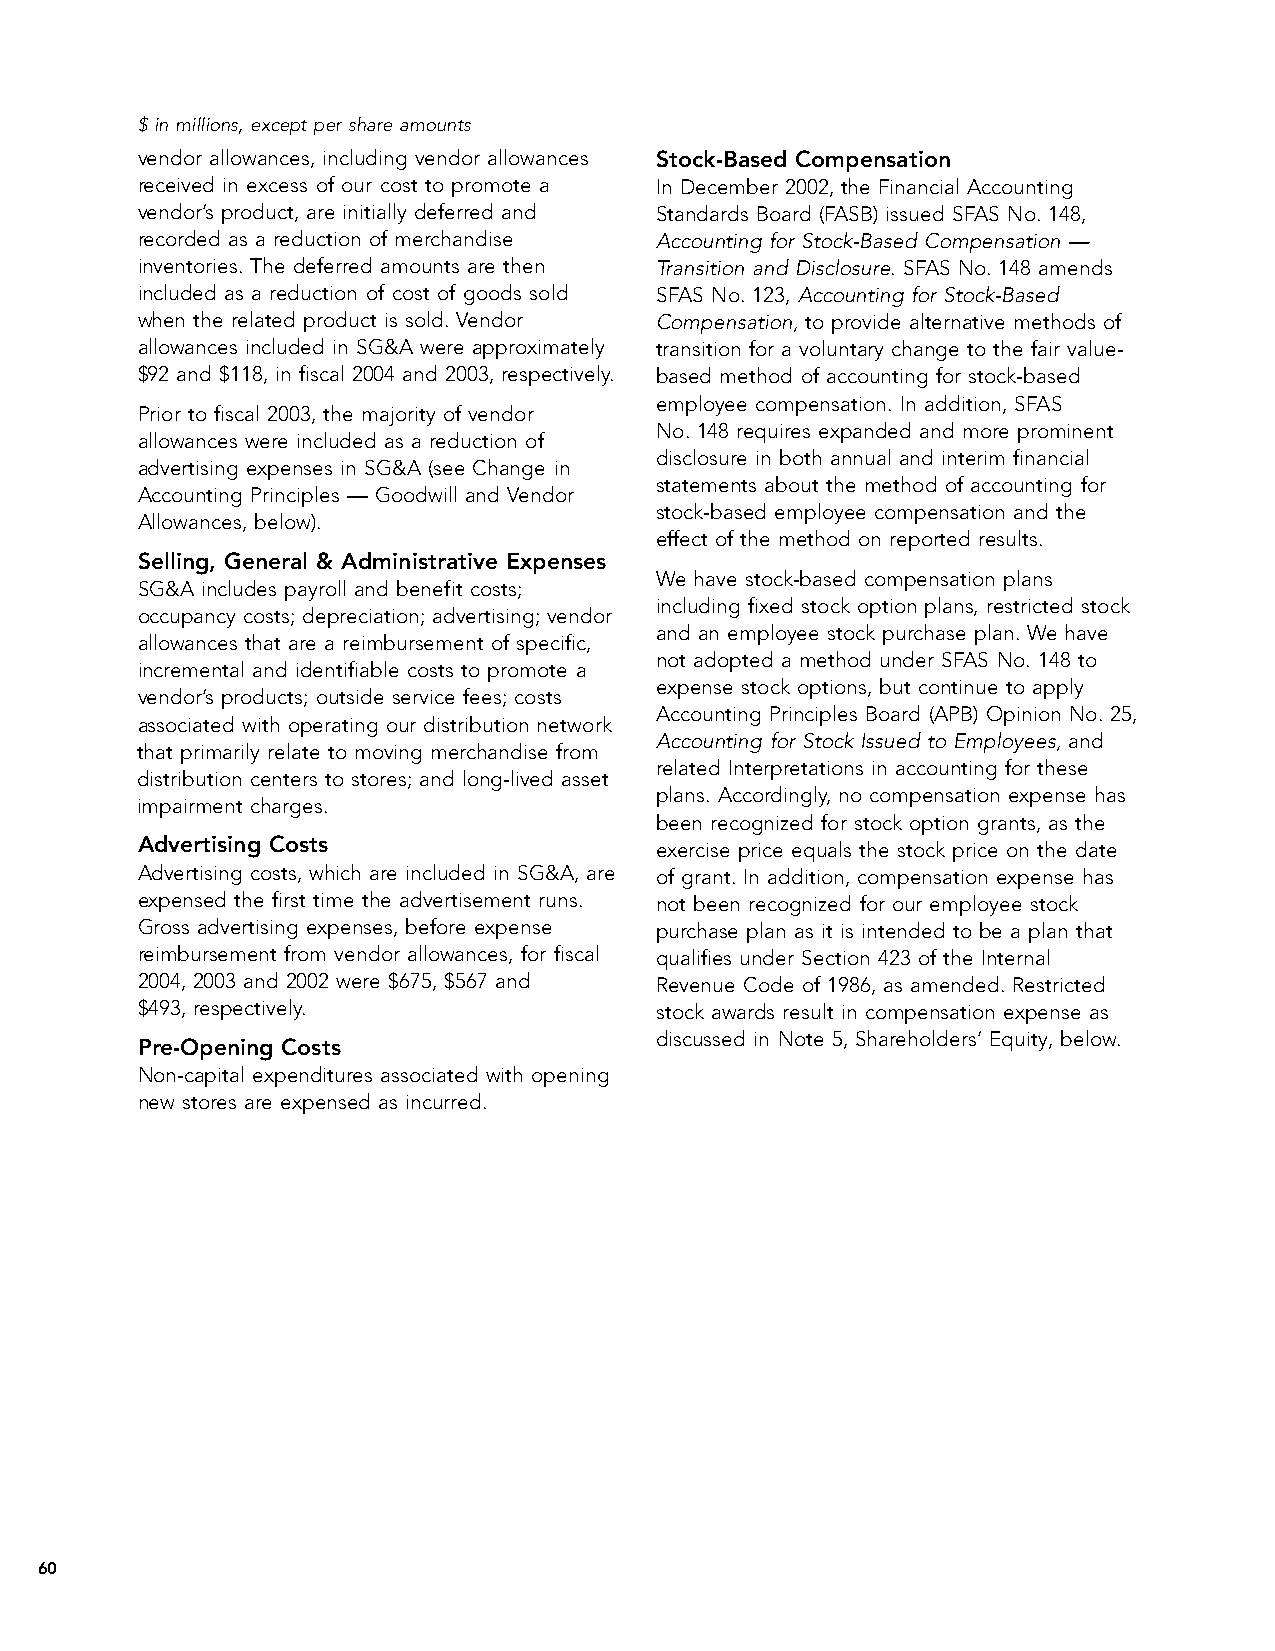
$ in millions, except per share amounts
 vendor allowances, including vendor allowances Stock-Based Compensation
 received in excess of our cost to promote a In December 2002, the Financial Accounting
 vendor’s product, are initially deferred and Standards Board (FASB) issued SFAS No. 148,
 recorded as a reduction of merchandise Accounting for Stock-Based Compensation —
 inventories. The deferred amounts are then Transition and Disclosure. SFAS No. 148 amends
 included as a reduction of cost of goods sold SFAS No. 123, Accounting for Stock-Based
 when the related product is sold. Vendor Compensation, to provide alternative methods of
 allowances included in SG&A were approximately transition for a voluntary change to the fair value-
 $92 and $118, in fiscal 2004 and 2003, respectively. based method of accounting for stock-based
 employee compensation. In addition, SFAS
 Prior to fiscal 2003, the majority of vendor
 No. 148 requires expanded and more prominent
 allowances were included as a reduction of
 disclosure in both annual and interim financial
 advertising expenses in SG&A (see Change in
 statements about the method of accounting for
 Accounting Principles — Goodwill and Vendor
 stock-based employee compensation and the
 Allowances, below).
 effect of the method on reported results.
 Selling, General & Administrative Expenses
 We have stock-based compensation plans
 SG&A includes payroll and benefit costs;
 including fixed stock option plans, restricted stock
 occupancy costs; depreciation; advertising; vendor
 and an employee stock purchase plan. We have
 allowances that are a reimbursement of specific,
 not adopted a method under SFAS No. 148 to
 incremental and identifiable costs to promote a
 expense stock options, but continue to apply
 vendor’s products; outside service fees; costs
 Accounting Principles Board (APB) Opinion No. 25,
 associated with operating our distribution network
 Accounting for Stock Issued to Employees, and
 that primarily relate to moving merchandise from
 related Interpretations in accounting for these
 distribution centers to stores; and long-lived asset
 plans. Accordingly, no compensation expense has
 impairment charges.
 been recognized for stock option grants, as the
 Advertising Costs                 exercise price equals the stock price on the date
 Advertising costs, which are included in SG&A, are of grant. In addition, compensation expense has
 expensed the first time the advertisement runs. not been recognized for our employee stock
 Gross advertising expenses, before expense purchase plan as it is intended to be a plan that
 reimbursement from vendor allowances, for fiscal qualifies under Section 423 of the Internal
 2004, 2003 and 2002 were $675, $567 and Revenue Code of 1986, as amended. Restricted
 $493, respectively.               stock awards result in compensation expense as
 discussed in Note 5, Shareholders’ Equity, below.
 Pre-Opening Costs
 Non-capital expenditures associated with opening
 new stores are expensed as incurred.
 60